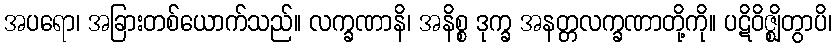
အပရော၊ အခြားတစ်ယောက်သည်။ လက္ခဏာနိ၊ အနိစ္စ ဒုက္ခ အနတ္တလက္ခဏာတို့ကို။ ပဋိဝိဇ္ဈိတွာပိ၊